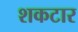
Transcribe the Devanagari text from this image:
शकटार